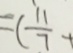
= ( \frac { 1 1 } { 7 } +